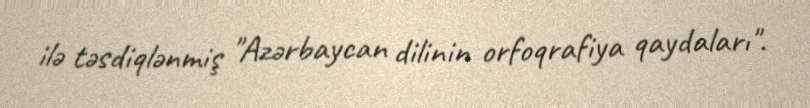
ilə təsdiqlənmiş "Azərbaycan dilinin orfoqrafiya qaydaları".